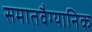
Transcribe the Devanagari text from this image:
समातवैग्यानिक